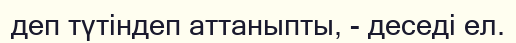
деп түтіндеп аттаныпты, - деседі ел.